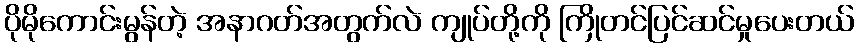
ပိုမိုကောင်းမွန်တဲ့ အနာဂတ်အတွက်လဲ ကျုပ်တို့ကို ကြိုတင်ပြင်ဆင်မှုပေးတယ်